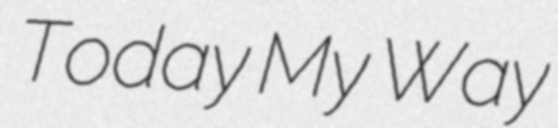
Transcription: Today My Way